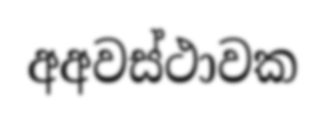
අඅවස්ථාවක